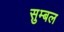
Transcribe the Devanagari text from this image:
सुम्बल